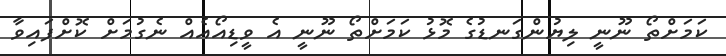
ކަމަށްތޯ ނޫނީ ލިޔުންގަނޑުގެ މޮޅު ކަމަށްތޯ ނޫނީ އެ ވީޑިއޯއެއް ނެގުމަށް ކޮށްފައިވާ